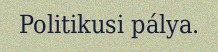
Politikusi pálya.